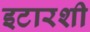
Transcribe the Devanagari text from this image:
इटारशी